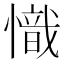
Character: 𢡠